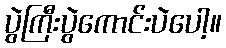
ပွဲကြီးပွဲကောင်းပဲပေါ့။